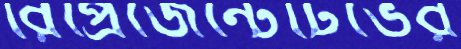
রিপ্রেজেন্টেটিভের